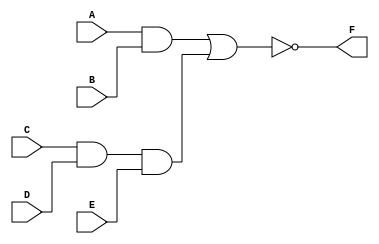
// This program was cloned from: https://github.com/Aryavardhan37/Verilog_codes
// License: MIT License

module boolean_equation(
    input wire A, 
    input wire B, 
    input wire C, 
    input wire D, 
    input wire E, 
    output reg F
);
    always @* begin
        F = ~(A & B | C & D & E);
    end
endmodule